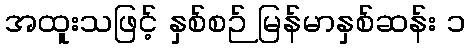
အထူးသဖြင့် နှစ်စဉ် မြန်မာနှစ်ဆန်း ၁